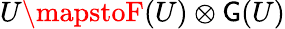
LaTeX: U\mapstoF(U)\otimes\mathsf{G}(U)